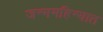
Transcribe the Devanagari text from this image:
जन्ममहिन्यात